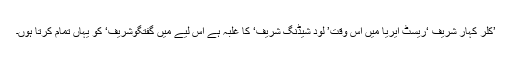
’کلر کہار شریف ‘ریسٹ ایریا میں اس وقت’ لود شیڈنگ شریف‘ کا غلبہ ہے اس لیے میں گفتگوشریف‘ کو یہاں تمام کرتا ہوں۔